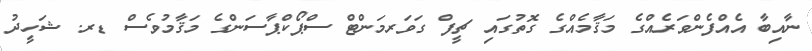
ނާއިބާ އެއްފެންވަރެއްގެ މަޤާމެއްގެ ގޮތުގައި ޗީފް ގަވަރމަންޓް ސްޕޯކްޕާސަންގެ މަޤާމުވެސް ޑރ. ޝަހީދު